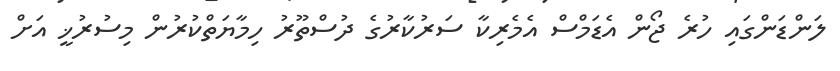
ލަންޑަންގައި ހުރެ ޖޯން އެޑަމްސް އެމެރިކާ ސަރުކާރުގެ ދުސްތޫރު ހިމާޔަތްކުރުން މިސުރުޚީ އަށް